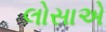
લોસાએ